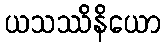
ယသဿိနိယော